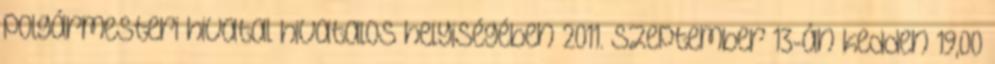
polgármesteri hivatal hivatalos helyiségében 2011. szeptember 13-án kedden 19,00